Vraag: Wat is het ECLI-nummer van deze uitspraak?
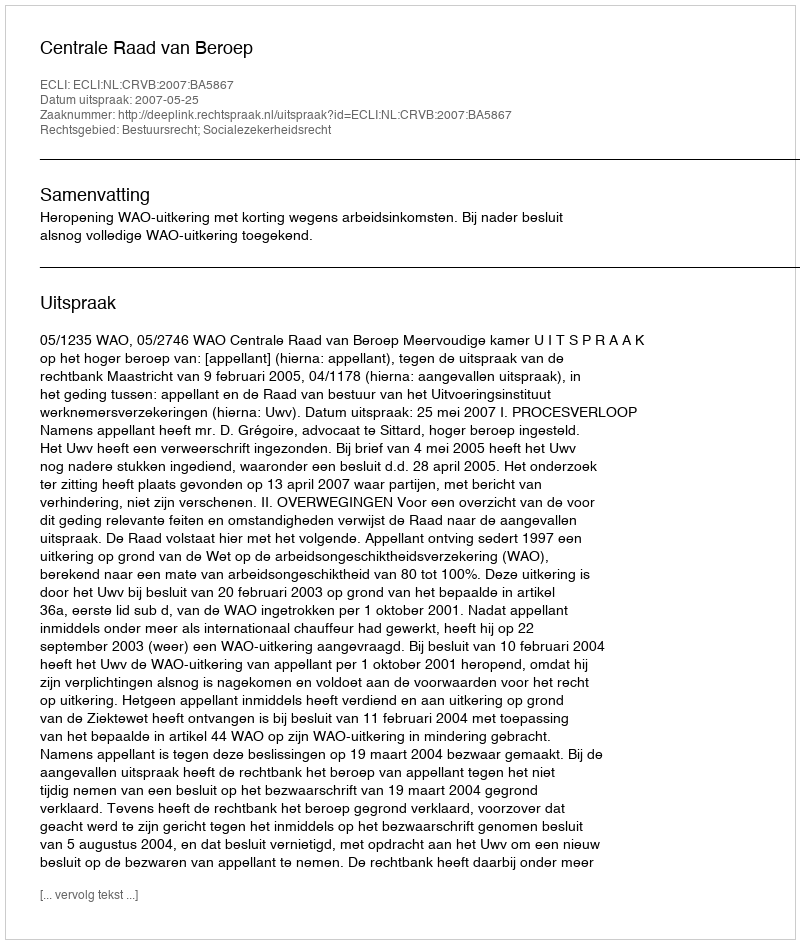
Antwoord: ECLI:NL:CRVB:2007:BA5867